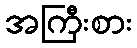
အကြီးစား